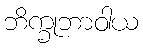
ဘိက္ခုဘာဝါယ